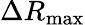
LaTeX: \Delta R_{\mathrm{max}}